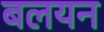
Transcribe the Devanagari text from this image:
बलयन